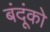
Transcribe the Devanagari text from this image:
बंदूंको